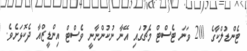
ޓެންޑުލްކާގެ 200 ވަނަ ޓެސްޓް މެޗުގައި އޭނާ ނުކުންނާނީ ވެސްޓް އިންޑީޒްއާ ދެކޮޅަށެވެ.